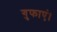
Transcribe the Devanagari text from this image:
गुफाएं।